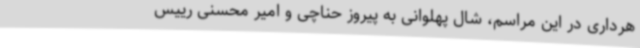
هرداری در این مراسم، شال پهلوانی به پیروز حناچی و امیر محسنی رییس